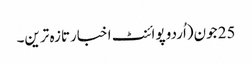
25 جون(اُردو پوائنٹ اخبارتازہ ترین۔